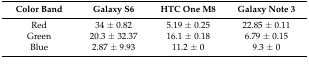
<table><thead><tr><td><b>Color Band</b></td><td><b>Galaxy S6</b></td><td><b>HTC One M8</b></td><td><b>Galaxy Note 3</b></td></tr></thead><tbody><tr><td>Red</td><td>34 ± 0.82</td><td>5.19 ± 0.25</td><td>22.85 ± 0.11</td></tr><tr><td>Green</td><td>20.3 ± 32.37</td><td>16.1 ± 0.18</td><td>6.79 ± 0.15</td></tr><tr><td>Blue</td><td>2.87 ± 9.93</td><td>11.2 ± 0</td><td>9.3 ± 0</td></tr></tbody></table>